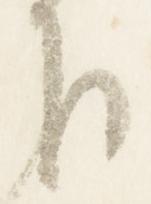
下